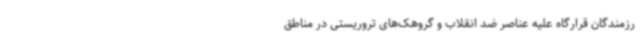
رزمندگان قرارگاه علیه عناصر ضد انقلاب و گروهک‌های تروریستی در مناطق